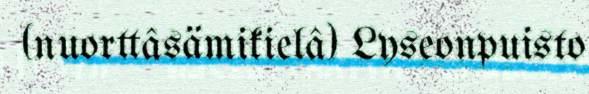
(nuorttâsämikielâ) Lyseonpuisto